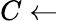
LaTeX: C\gets